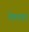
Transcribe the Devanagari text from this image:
तेमना